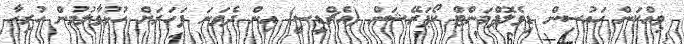
ވިއްކަން ހައުސިން ޑިވެލޮޕްމަންޓް ކޯޕަރޭޝަން (އެޗްޑީސީ) އިން ދެވަނަ ފަހަރަށް ހުޅުވާލުމުން ހުރިހާ